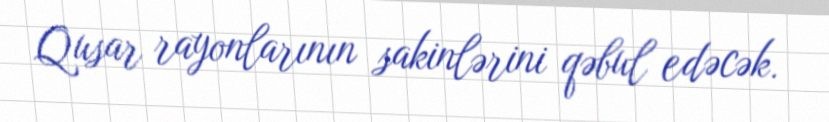
Qusar rayonlarının sakinlərini qəbul edəcək.